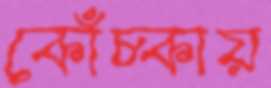
কোঁচ্‌কায়